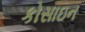
કોસાઇન